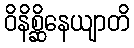
ဝိနိစ္ဆိနေယျာတိ